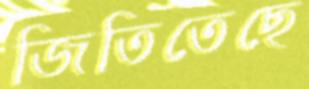
জিতিতেছে